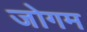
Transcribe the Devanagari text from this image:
जोगम